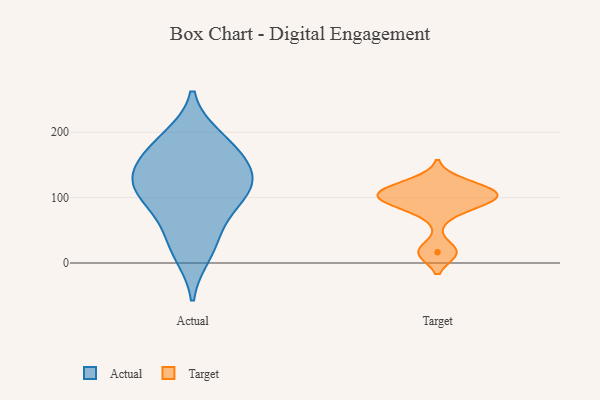
{"axis": {"x": "Population (Million)", "y": "Value"}, "legend": ["Actual", "Target"], "data": [{"x": "", "y": 191, "type": "Actual"}, {"x": "", "y": 14, "type": "Actual"}, {"x": "", "y": 133, "type": "Actual"}, {"x": "", "y": 180, "type": "Actual"}, {"x": "", "y": 119, "type": "Actual"}, {"x": "", "y": 39, "type": "Actual"}, {"x": "", "y": 101, "type": "Actual"}, {"x": "", "y": 163, "type": "Actual"}, {"x": "", "y": 78, "type": "Actual"}, {"x": "", "y": 114, "type": "Actual"}, {"x": "", "y": 139, "type": "Actual"}, {"x": "", "y": 95, "type": "Target"}, {"x": "", "y": 111, "type": "Target"}, {"x": "", "y": 125, "type": "Target"}, {"x": "", "y": 110, "type": "Target"}, {"x": "", "y": 16, "type": "Target"}, {"x": "", "y": 77, "type": "Target"}, {"x": "", "y": 107, "type": "Target"}, {"x": "", "y": 99, "type": "Target"}, {"x": "", "y": 97, "type": "Target"}, {"x": "", "y": 17, "type": "Target"}]}